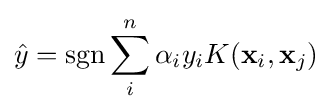
{\hat {y}}=\operatorname {sgn} \sum _{i}^{n}\alpha _{i}y_{i}K(\mathbf {x} _{i},\mathbf {x} _{j})